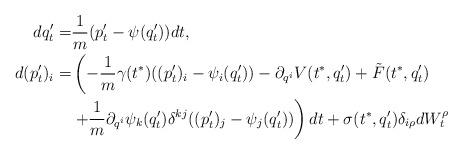
LaTeX: \begin{align*}dq_t^\prime=&\frac{1}{ m}(p_t^\prime-\psi(q_t^\prime))dt,\\d(p_t^\prime)_i=&\left(-\frac{1}{ m}\gamma(t^*)((p_t^\prime)_i-\psi_i(q_t^\prime))-\partial_{q^i} V(t^*,q_t^\prime)+\tilde F(t^*,q_t^\prime)\right.\\&\left.+\frac{1}{ m}\partial_{q^i}\psi_k(q_t^\prime)\delta^{kj}((p_t^\prime)_j-\psi_j(q_t^\prime))\right)dt+\sigma(t^*,q_t^\prime)\delta_{i\rho}dW^\rho_t\end{align*}